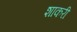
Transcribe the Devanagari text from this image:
शाकरी